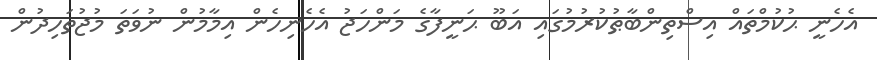
އެހެނީ ޙުކުމްތައް އިސްތިންބާޠުކުރުމުގައި އަބޫ ޙަނީފާގެ މަންހަޖު އެހެނިހެން އިމާމުން ނުވަތަ މުޖުތަހިދުން